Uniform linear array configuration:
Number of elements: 8
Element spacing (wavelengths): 1
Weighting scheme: kaiser
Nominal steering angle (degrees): -30
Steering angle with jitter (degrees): -28.049
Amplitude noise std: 0.05
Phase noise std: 0.05

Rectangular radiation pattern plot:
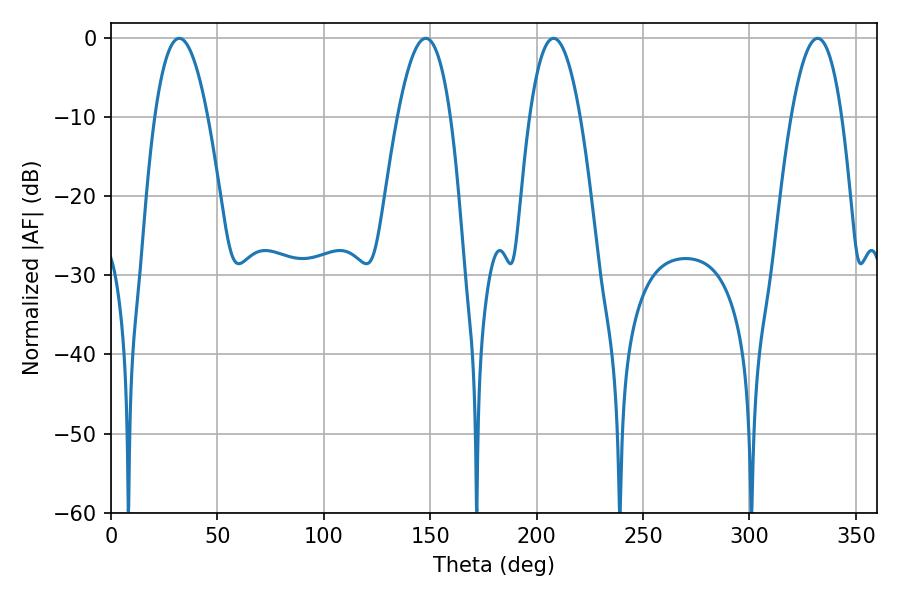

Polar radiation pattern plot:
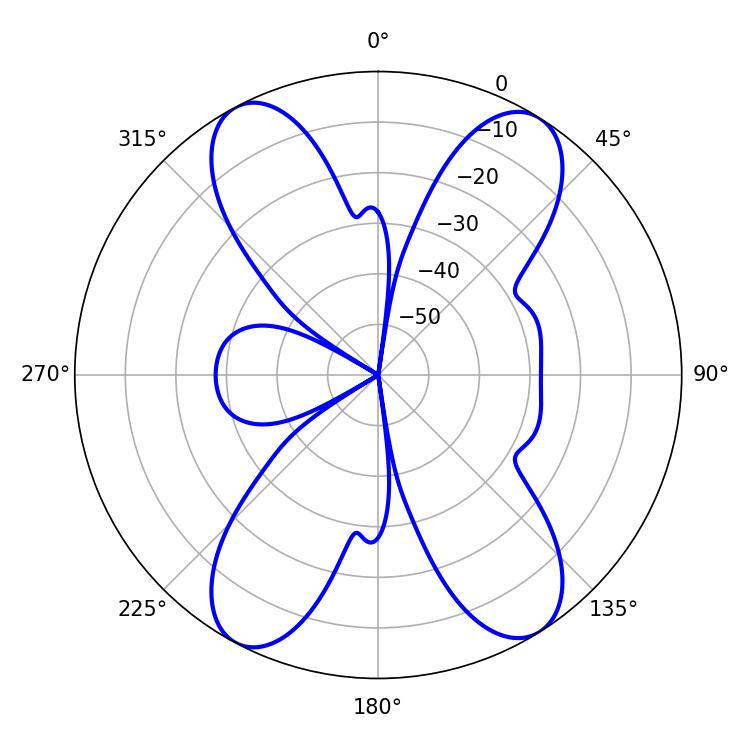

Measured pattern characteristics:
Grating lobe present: TRUE
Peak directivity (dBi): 16.488
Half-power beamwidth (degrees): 13.68
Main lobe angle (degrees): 32.04